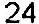
24